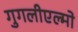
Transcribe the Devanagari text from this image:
गुगलीएल्मो